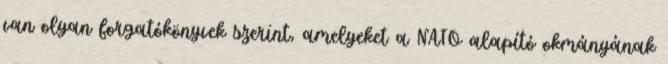
van olyan forgatókönyvek szerint, amelyeket a NATO alapító okmányának